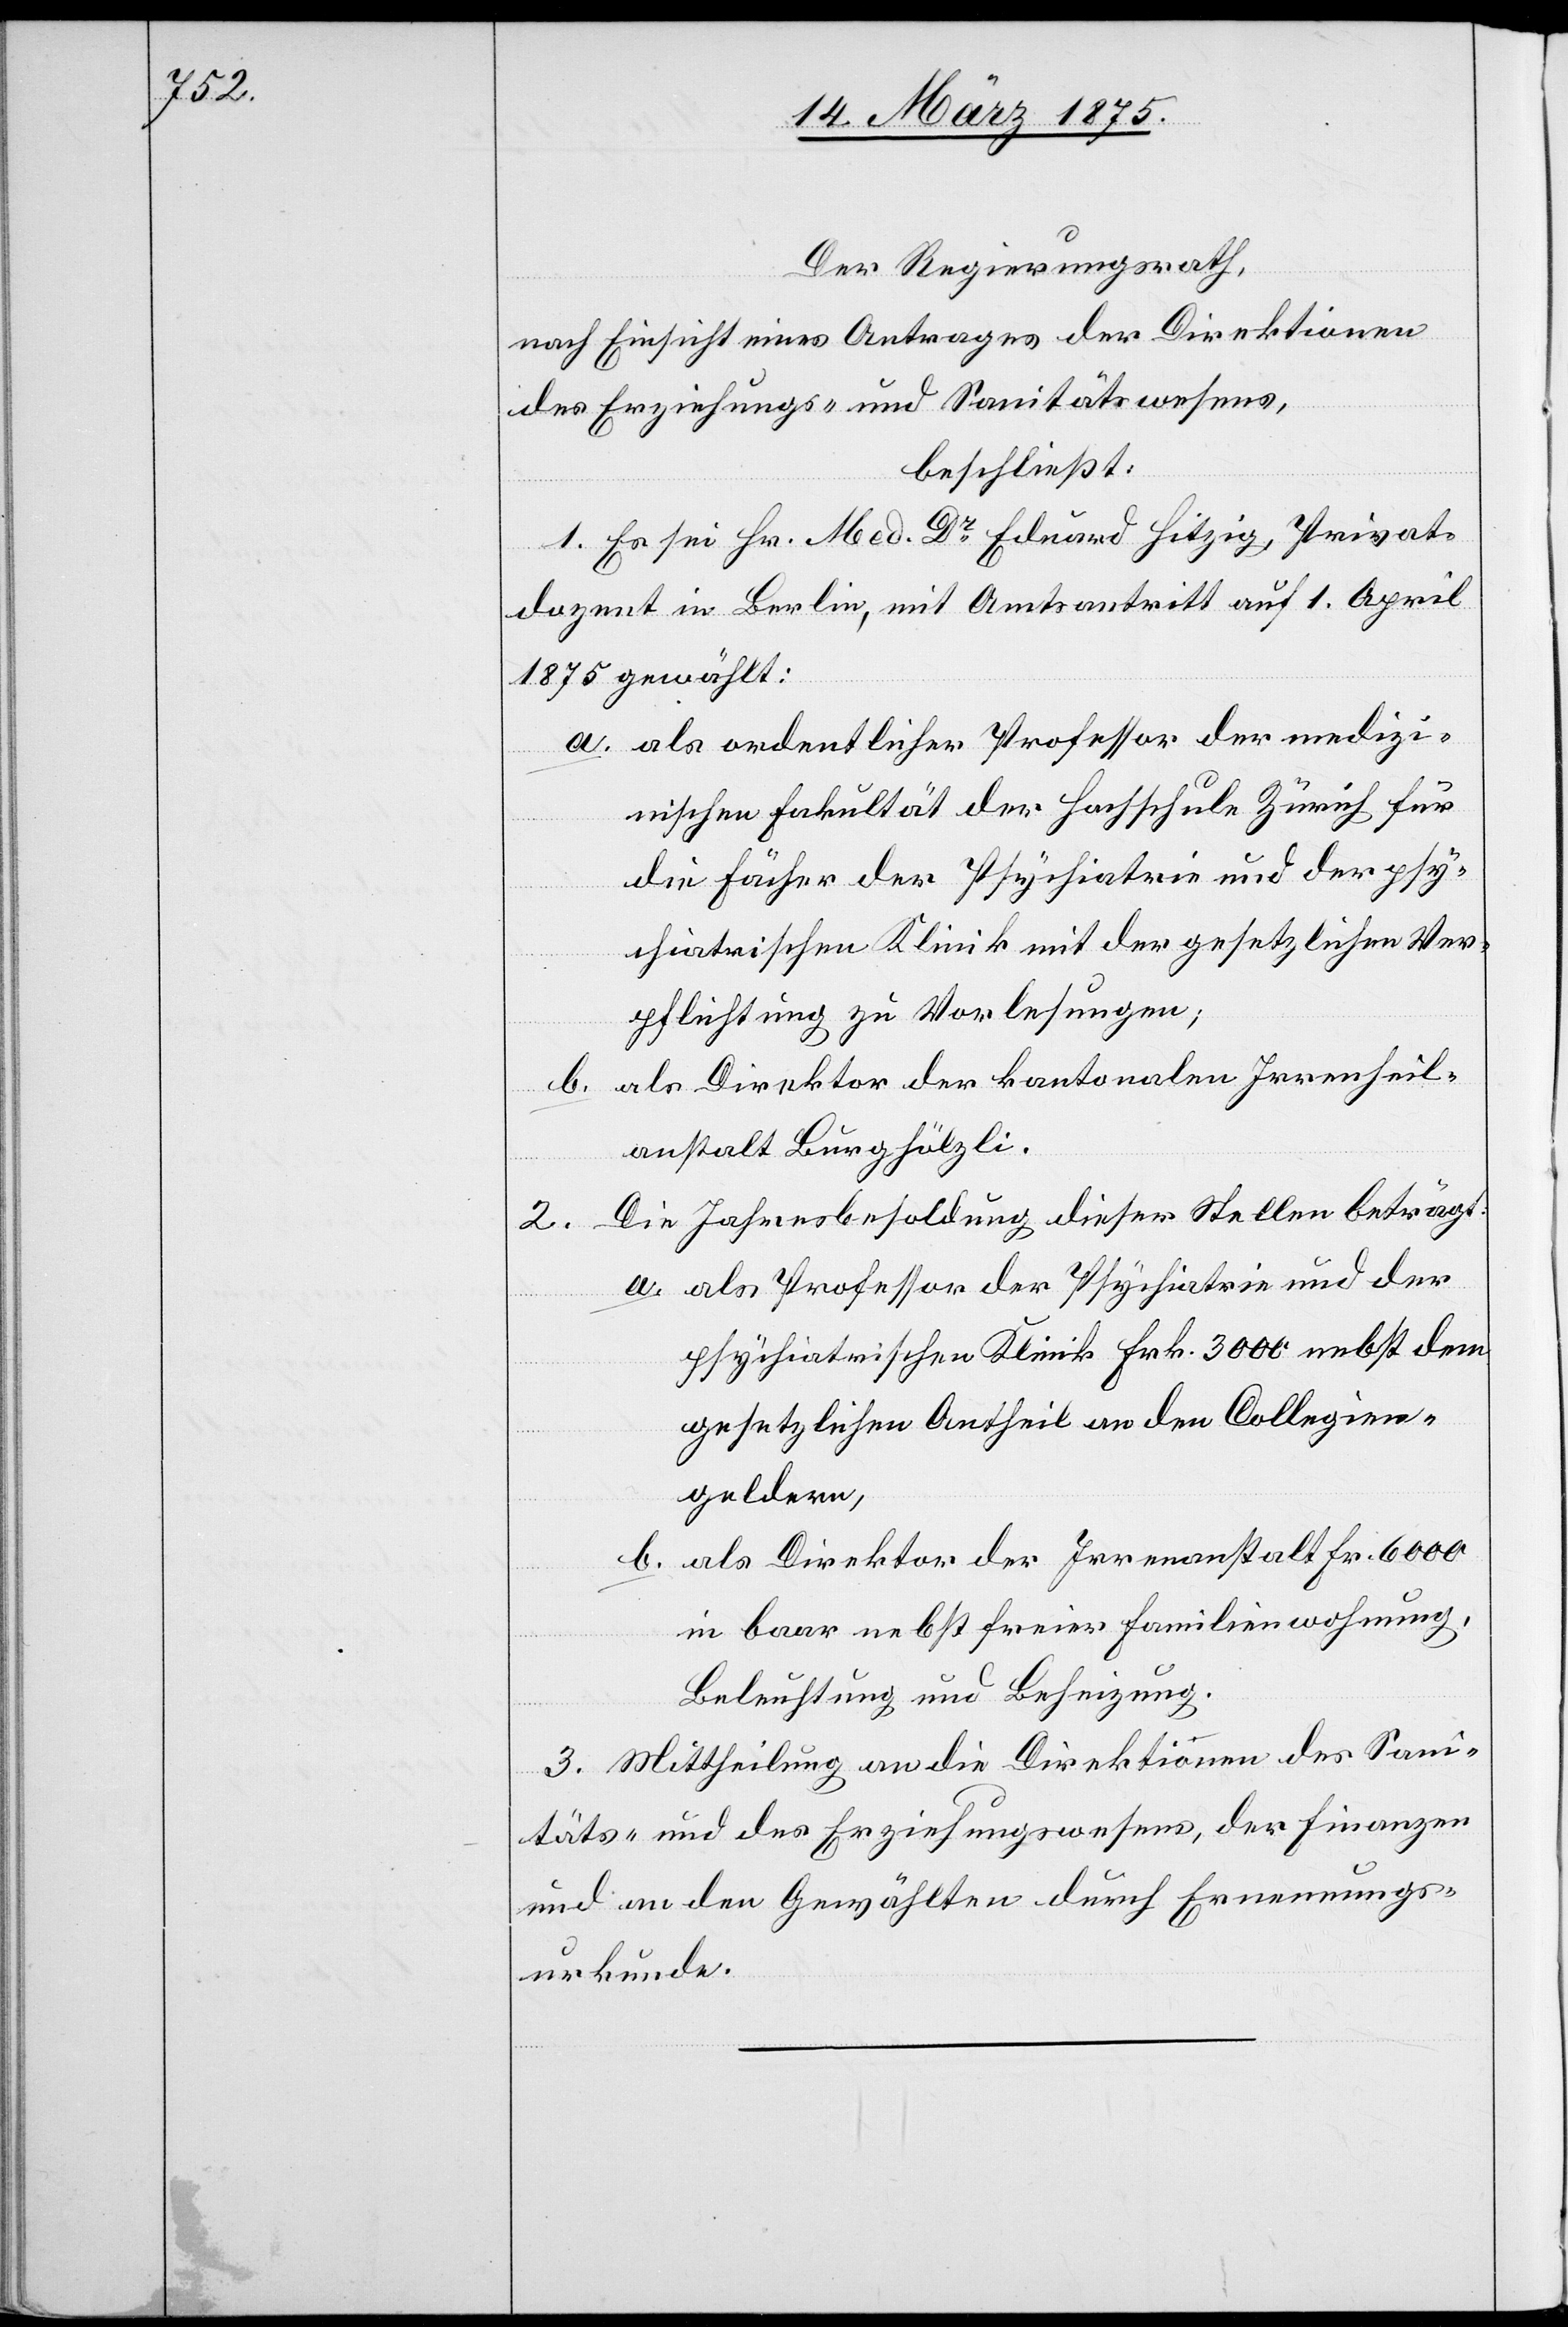
Der Regierungsrath,
nach Einsicht eines Antrages der Direktionen
der Erziehungs- und Sanitätswesens,
beschließt:
1. Es sei Hr. Med. Dr Eduard Hitzig, Privat¬
dozent in Berlin, mit Amtsantritt auf 1. April
1875 gewählt:
a. als ordentlicher Professor der medizi¬
nischen Fakultät der Hochschule Zürich für
die Fächer der Psychiatrie und der psy¬
chiatrischen Klinik mit der gesetzlichen Ver¬
pflichtung zu Vorlesungen,
b. als Direktor der kantonalen Irrenheil¬
anstalt Burghölzli.
2. Die Jahresbesoldung dieser Stellen beträgt:
a. als Professor der Psychiatrie und der
psychiatrischen Klinik Frk. 3000 nebst dem
gesetzlichen Antheil an den Collegien¬
geldern,
b. als Direktor der Irrenanstalt Fr. 6000
in baar nebst freier Familienwohnung,
Beleu[c]htung und Beheizung.
3. Mittheilung an die Direktionen des Sani¬
täts- und des Erziehungswesens, der Finanzen
und an den Gewählten durch Ernennungs¬
urkunde.